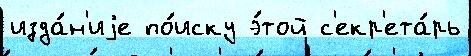
изда́н'иjе по́иску э́той с'екр'ета́рь